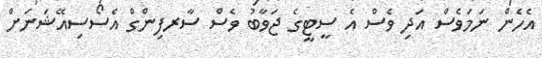
އެހެން ނަމަވެސް އަދި ވެސް އެ ސީޓީގެ ޖަވާބު ވެސް ސާރފިންގް އެސޯސިއޭޝަނަށް